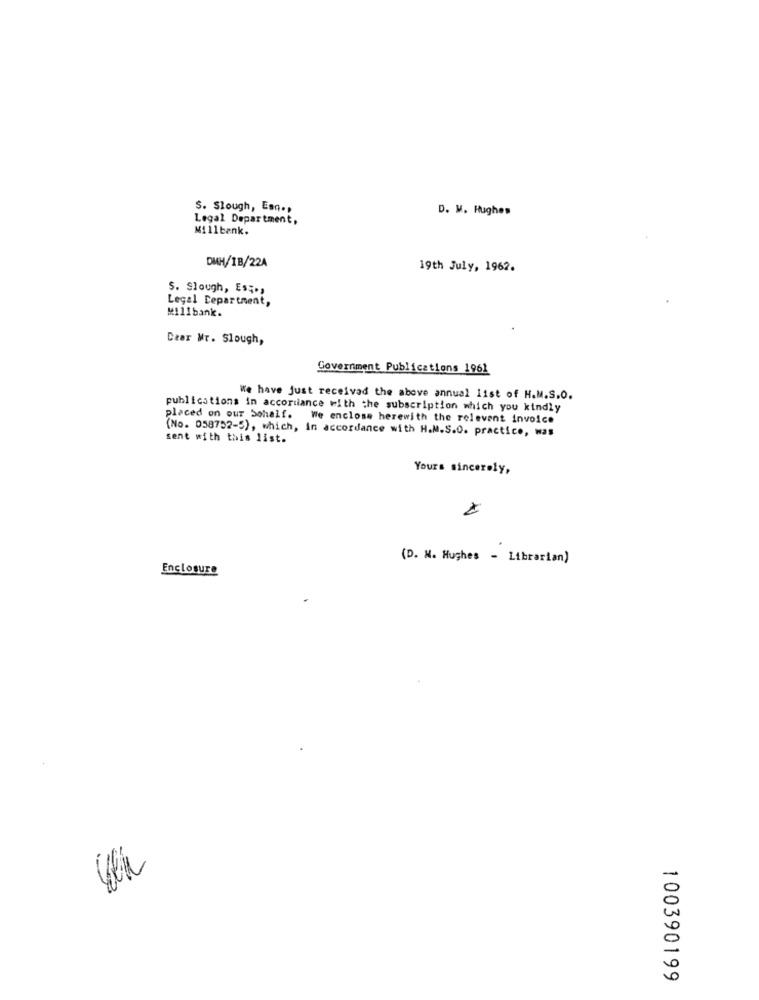
S. Slough, Esq .,
D. W. Hughes
Legal Department,
Millbank.
DMH/IB/22A
19th July, 1962.
S. Slough, Es ;.,
Legal Department,
Millbank.
Dear Mr. Slough,
Government Publications 1961
We have just received the above annual list of H.M.S.O.
publications in accordance with the subscription which you kindly
placed on our Sohalf. We enclose herewith the relevant invoice
(No. 058752-5), which, in accordance with H.M.S.O. practice, was
sent with this list.
Yours sincerely,
(D. N. Hughes - Librarian)
Enclosure
100390199